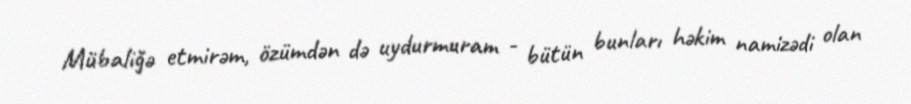
Mübaliğə etmirəm, özümdən də uydurmuram - bütün bunları həkim namizədi olan